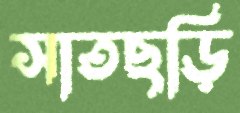
সাতছড়ি